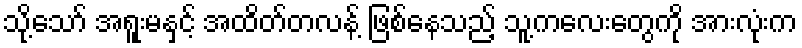
သို့သော် အရူးမနှင့် အထိတ်တလန့် ဖြစ်နေသည့် သူ့ကလေးတွေကို အားလုံးက